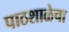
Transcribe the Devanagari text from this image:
पाठशाळेचा